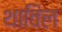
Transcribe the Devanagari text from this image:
थाविल